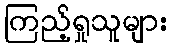
ကြည့်ရှုသူများ